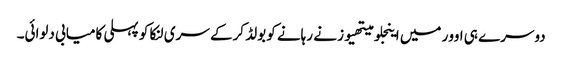
دوسرے ہی اوور میں اینجلو میتھیوز نے رہانے کو بولڈ کرکے سری لنکا کو پہلی کامیابی دلوائی۔